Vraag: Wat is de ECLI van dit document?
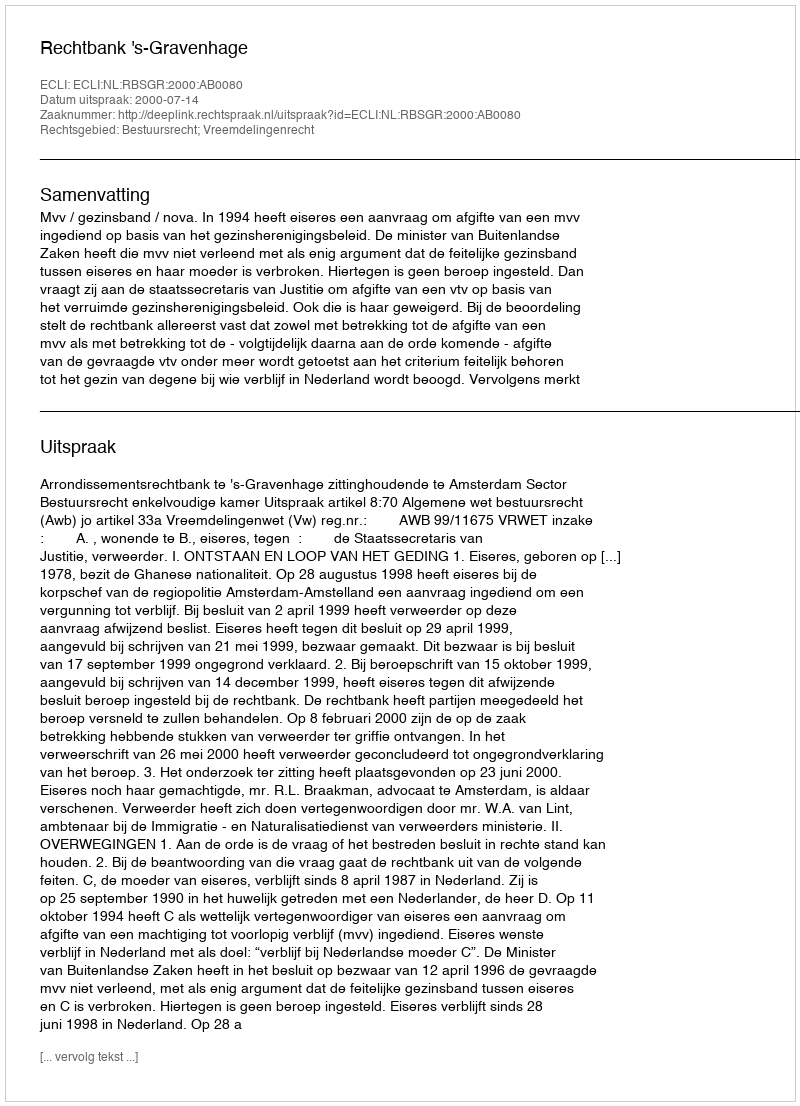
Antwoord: ECLI:NL:RBSGR:2000:AB0080